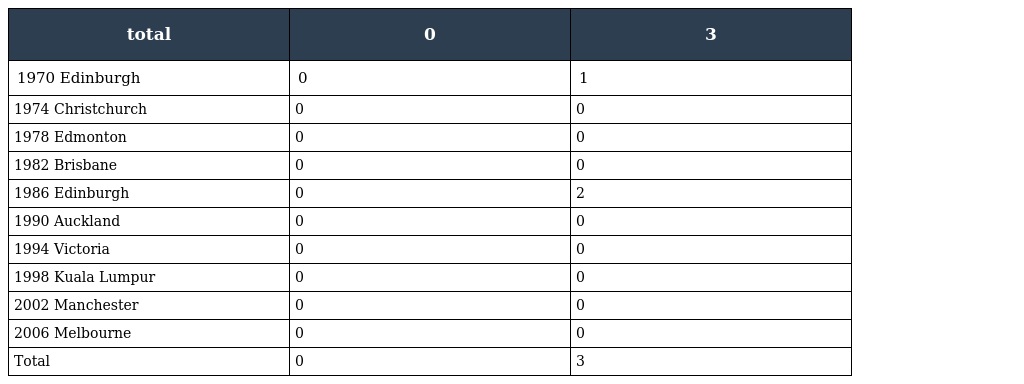
| total | 0 | 3 |
 | --- | --- | --- |
 | 1970 Edinburgh | 0 | 1 |
 | 1974 Christchurch | 0 | 0 |
 | 1978 Edmonton | 0 | 0 |
 | 1982 Brisbane | 0 | 0 |
 | 1986 Edinburgh | 0 | 2 |
 | 1990 Auckland | 0 | 0 |
 | 1994 Victoria | 0 | 0 |
 | 1998 Kuala Lumpur | 0 | 0 |
 | 2002 Manchester | 0 | 0 |
 | 2006 Melbourne | 0 | 0 |
 | Total | 0 | 3 |